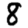
Digit: 8